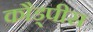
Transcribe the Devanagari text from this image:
कौड्पीस